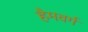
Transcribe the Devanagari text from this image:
हैमवर्ग